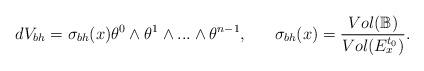
LaTeX: \begin{align*}dV_{bh}=\sigma _{bh}(x)\theta ^{0}\wedge \theta ^{1}\wedge ...\wedge \theta^{n-1},~~\ \ \ \sigma _{bh}(x)=\dfrac{Vol(\mathbb{B})}{Vol(E_{x}^{t_{0}})}.\end{align*}